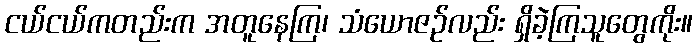
ငယ်ငယ်ကတည်းက အတူနေကြ၊ သံယောဇဉ်လည်း ရှိခဲ့ကြသူတွေကိုး။